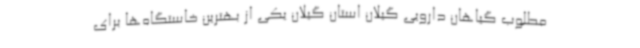
مطلوب گیاهان دارویی گیلان استان گیلان یکی از بهترین خاستگاه‌ها برای